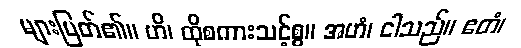
များမြတ်၏။ ဟိ၊ ထိုစကားသင့်စွ။ အဟံ၊ ငါသည်။ ဧတံ၊